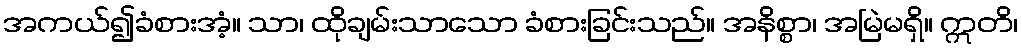
အကယ်၍ခံစားအံ့။ သာ၊ ထိုချမ်းသာသော ခံစားခြင်းသည်။ အနိစ္စာ၊ အမြဲမရှိ။ ဣတိ၊